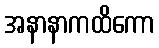
အနာနာကထိကော